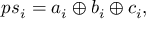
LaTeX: p s _ { i } = a _ { i } \oplus b _ { i } \oplus c _ { i } ,